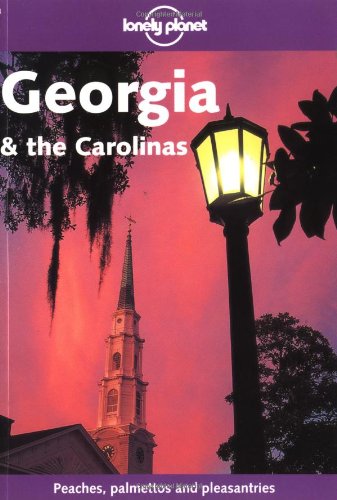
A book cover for Lonely Planet Georgia & the Carolinas; Jeremy Gray; Travel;